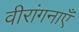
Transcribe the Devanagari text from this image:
वीरांगनाएँ